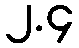
၂.၄